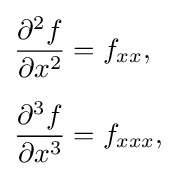
{\begin{aligned}&{\frac {\partial ^{2}f}{\partial x^{2}}}=f_{xx},\\[5pt]&{\frac {\partial ^{3}f}{\partial x^{3}}}=f_{xxx},\end{aligned}}